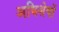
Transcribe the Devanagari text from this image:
अधिशेषों